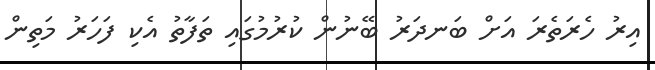
އިރު ހެރަތެރަ އަށް ބަނދަރު ބޭނުން ކުރުމުގައި ތަފާތު އެކި ފަހަރު މަތިން